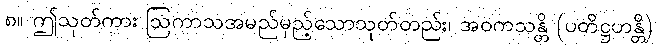
၈။ ဤသုတ်ကား ဩကာသအမည်မှည့်သောသုတ်တည်း၊ အဝကသန္တိ (ပတိဋ္ဌဟန္တိ)